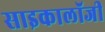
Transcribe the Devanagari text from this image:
साइकालॉजी